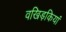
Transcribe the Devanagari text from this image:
वखिड़कियां